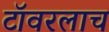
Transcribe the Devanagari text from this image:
टॉवरलाच